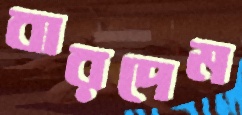
বারদেম